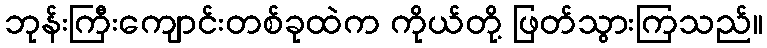
ဘုန်းကြီးကျောင်းတစ်ခုထဲက ကိုယ်တို့ ဖြတ်သွားကြသည်။